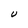
Character: U